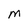
Character: M